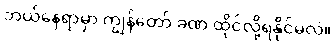
ဘယ်နေရာမှာ ကျွန်တော် ခဏ ထိုင်လို့ရနိုင်မလဲ။